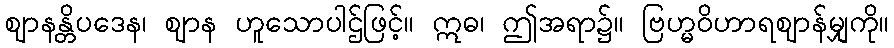
ဈာနန္တိပဒေန၊ ဈာန ဟူသောပါဌ်ဖြင့်။ ဣဓ၊ ဤအရာ၌။ ဗြဟ္မဝိဟာရဈာန်မျှကို။